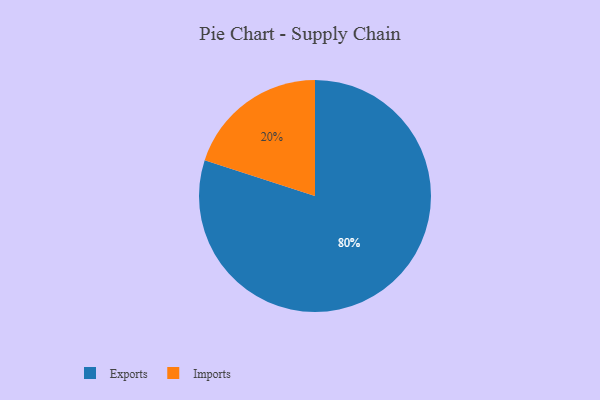
{"axis": {"x": "Category", "y": "Percentage"}, "legend": ["Exports", "Imports"], "data": [{"x": "Imports", "y": 20, "type": "Imports"}, {"x": "Exports", "y": 80, "type": "Exports"}]}